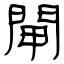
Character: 閘